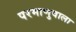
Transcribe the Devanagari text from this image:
परमाणुवाला